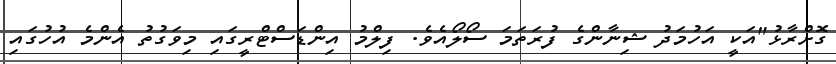
ގޮށްރާޅު"އަކީ އަހުމަދު ޝިނާންގެ ފުރަތަމަ ސޯލޯއެވެ. ފިލްމު އިންޑަސްޓްރީގައި މިވަގުތު އެންމެ އުހުގައި